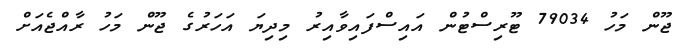
ޖޫން މަހު 79034 ޓޫރިސްޓުން އައިސްފައިވާއިރު މިދިޔަ އަހަރުގެ ޖޫން މަހު ރާއްޖެއަށް